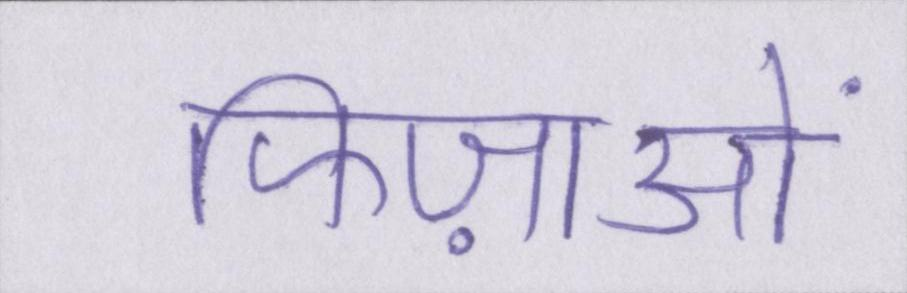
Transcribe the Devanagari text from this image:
फिज़ाओं